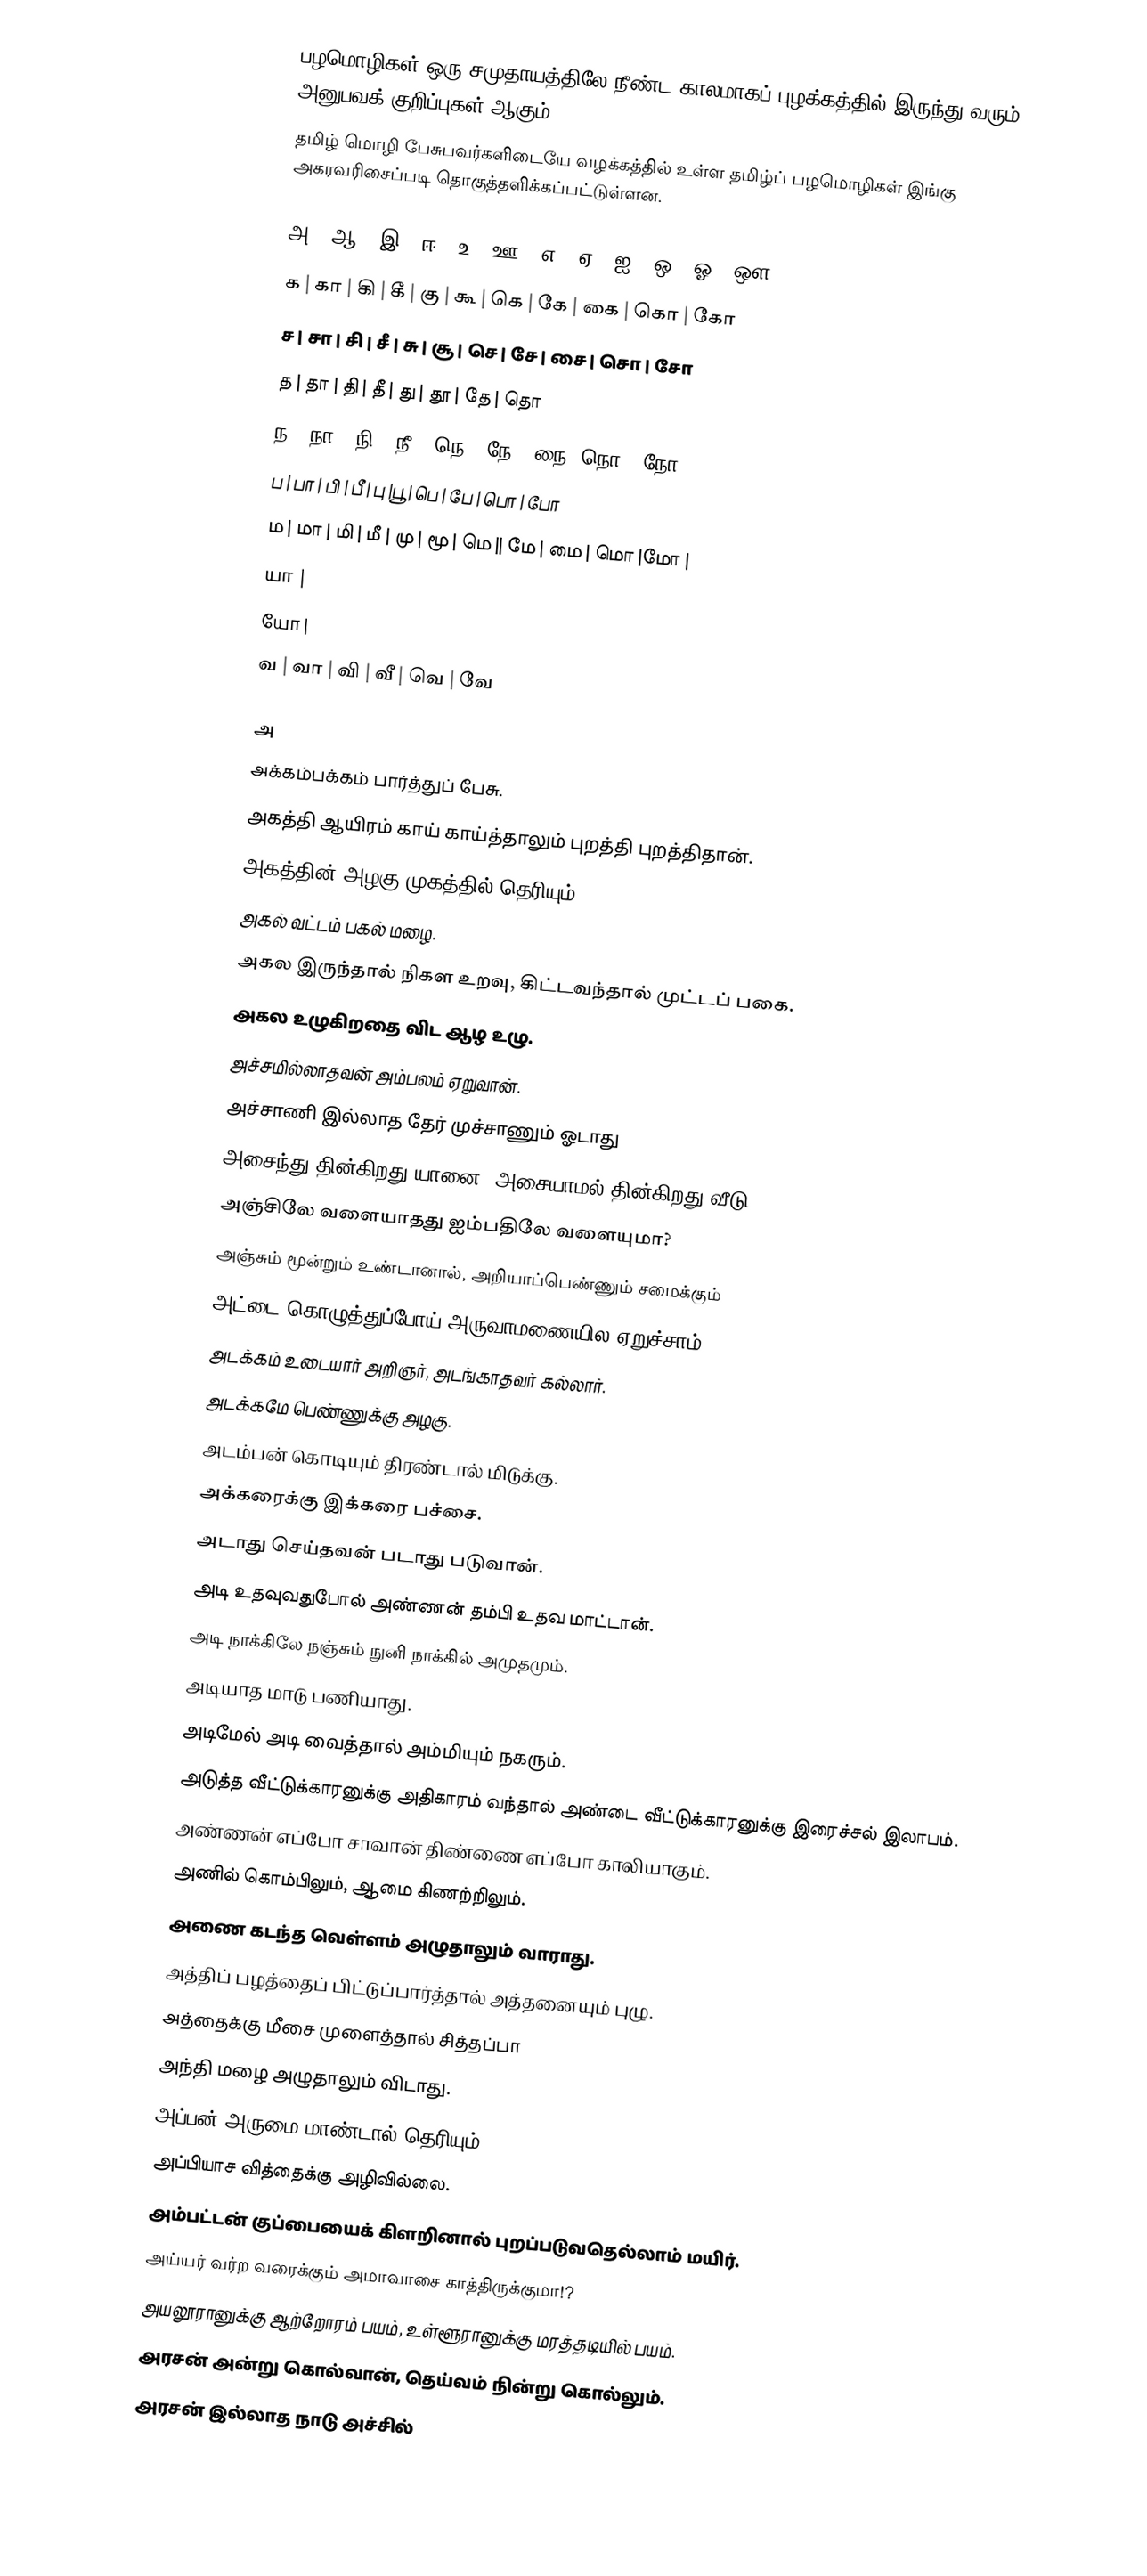
பழமொழிகள் ஒரு சமுதாயத்திலே நீண்ட காலமாகப் புழக்கத்தில் இருந்து வரும் அனுபவக் குறிப்புகள் ஆகும்.
தமிழ் மொழி பேசுபவர்களிடையே வழக்கத்தில் உள்ள தமிழ்ப் பழமொழிகள் இங்கு அகரவரிசைப்படி தொகுத்தளிக்கப்பட்டுள்ளன.

அ | ஆ | இ | ஈ | உ | ஊ | எ | ஏ | ஐ | ஒ | ஓ | ஔ
க | கா | கி | கீ | கு | கூ | கெ | கே |  கை | கொ | கோ
ச | சா | சி | சீ |  சு |  சூ | செ | சே |  சை | சொ | சோ
த | தா | தி | தீ | து | தூ | தே | தொ
ந | நா | நி | நீ | நெ | நே | நை |நொ | நோ
ப | பா | பி | பீ | பு |பூ | பெ | பே | பொ | போ
ம | மா | மி | மீ | மு | மூ | மெ || மே | மை | மொ |மோ |
யா |
யோ |
வ | வா | வி | வீ | வெ | வே

அ
 அக்கம்பக்கம் பார்த்துப் பேசு.
 அகத்தி ஆயிரம் காய் காய்த்தாலும் புறத்தி புறத்திதான்.
 அகத்தின் அழகு முகத்தில் தெரியும்.
 அகல் வட்டம் பகல் மழை.
 அகல இருந்தால் நிகள உறவு, கிட்டவந்தால் முட்டப் பகை.
 அகல உழுகிறதை விட ஆழ உழு.
 அச்சமில்லாதவன் அம்பலம் ஏறுவான்.
 அச்சாணி இல்லாத தேர் முச்சாணும் ஓடாது
 அசைந்து தின்கிறது யானை, அசையாமல் தின்கிறது வீடு.
 அஞ்சிலே வளையாதது ஐம்பதிலே வளையுமா?
 அஞ்சும் மூன்றும் உண்டானால், அறியாப்பெண்ணும் சமைக்கும்
 அட்டை கொழுத்துப்போய் அருவாமணையில ஏறுச்சாம்
 அடக்கம் உடையார் அறிஞர், அடங்காதவர் கல்லார்.
 அடக்கமே பெண்ணுக்கு அழகு.
 அடம்பன் கொடியும் திரண்டால் மிடுக்கு.
 அக்கரைக்கு இக்கரை பச்சை.
 அடாது செய்தவன் படாது படுவான்.
 அடி உதவுவதுபோல் அண்ணன் தம்பி உதவ மாட்டான்.
 அடி நாக்கிலே நஞ்சும் நுனி நாக்கில் அமுதமும்.
 அடியாத மாடு பணியாது.
 அடிமேல் அடி வைத்தால் அம்மியும் நகரும்.
 அடுத்த வீட்டுக்காரனுக்கு அதிகாரம் வந்தால் அண்டை வீட்டுக்காரனுக்கு இரைச்சல் இலாபம்.
 அண்ணன் எப்போ சாவான் திண்ணை எப்போ காலியாகும்.
 அணில் கொம்பிலும், ஆமை கிணற்றிலும்.
 அணை கடந்த வெள்ளம் அழுதாலும் வாராது.
 அத்திப் பழத்தைப் பிட்டுப்பார்த்தால் அத்தனையும் புழு.
 அத்தைக்கு மீசை முளைத்தால் சித்தப்பா
 அந்தி மழை அழுதாலும் விடாது.
 அப்பன் அருமை மாண்டால் தெரியும்.
 அப்பியாச வித்தைக்கு அழிவில்லை.
 அம்பட்டன் குப்பையைக் கிளறினால் புறப்படுவதெல்லாம் மயிர்.
 அய்யர் வர்ற வரைக்கும் அமாவாசை காத்திருக்குமா!?
 அயலூரானுக்கு ஆற்றோரம் பயம், உள்ளூரானுக்கு மரத்தடியில் பயம்.
 அரசன் அன்று கொல்வான், தெய்வம் நின்று கொல்லும்.
 அரசன் இல்லாத நாடு அச்சில்